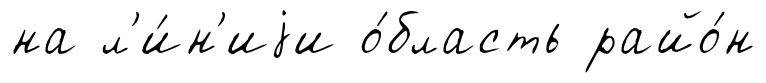
на л'и́н'иjи о́бласть райо́н